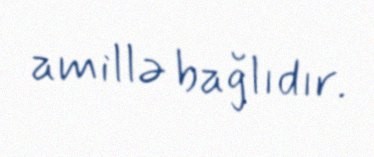
amillə bağlıdır.